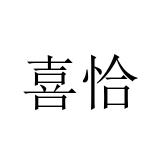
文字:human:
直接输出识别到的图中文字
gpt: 喜恰